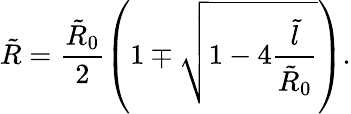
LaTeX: \tilde{R}=\frac{\tilde{R}_{0}}{2}\left(1\mp\sqrt{1-4\frac{\tilde{l}}{\tilde{R}_{0}}}\right).